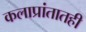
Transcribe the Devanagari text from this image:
कलाप्रांतातही